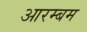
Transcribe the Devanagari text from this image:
आरम्बम